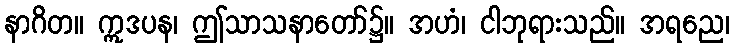
နာဂိတ။ ဣဒပန၊ ဤသာသနာတော်၌။ အဟံ၊ ငါဘုရားသည်။ အရညေ၊